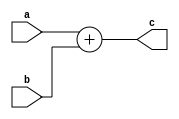
`timescale 1ns / 1ps
//////////////////////////////////////////////////////////////////////////////////
// Company: 
// Engineer: 
// 
// Design Name: 
// Module Name:    adder 
// Project Name: 
// Target Devices: 
// Tool versions: 
// Description: 
//
// Dependencies: 
//
// Revision: 
// Revision 0.01 - File Created
// Additional Comments: 
//
//////////////////////////////////////////////////////////////////////////////////
module adder #(parameter WIDTH = 16)
	(input [WIDTH-1:0] a, b,
	 output [WIDTH-1:0] c);
	 
	 assign c = a + b;

	 
endmodule